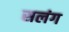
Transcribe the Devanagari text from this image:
सलंग